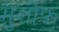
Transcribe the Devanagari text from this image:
मुलोफ़